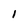
Character: 1